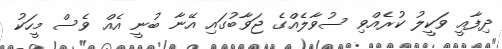
ދިފާއީ ވަކީލު ކުރެއްވި ސުވާލެއްގެ ޖަވާބުގައި އޭނާ ބުނީ އެއް ވެސް މީހަކު